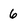
Character: 6